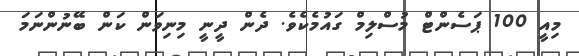
މިއީ 100 ޕަސެންޓް މުސްލިމް ގައުމެކެވެ. ދެން ދީނީ މިނިވަން ކަން ބޭނުންނަމަ